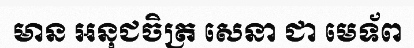
មាន អនុជចិត្រ សេនា ជា មេទ័ព